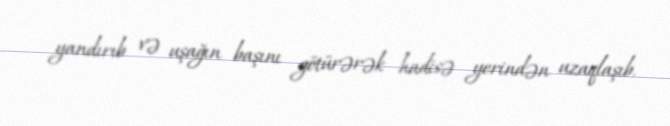
yandırıb və uşağın başını götürərək hadisə yerindən uzaqlaşıb.